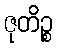
ဇုတိဉ္စ